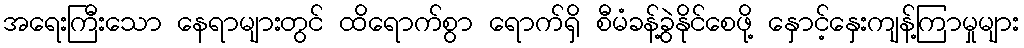
အရေးကြီးသော နေရာများတွင် ထိရောက်စွာ ရောက်ရှိ စီမံခန့်ခွဲနိုင်စေဖို့ နှောင့်နှေးကျန့်ကြာမှုများ